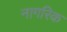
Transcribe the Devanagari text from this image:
नागरिक